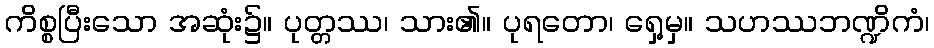
ကိစ္စပြီးသော အဆုံး၌။ ပုတ္တဿ၊ သား၏။ ပုရတော၊ ရှေ့မှ။ သဟဿဘဏ္ဍိကံ၊